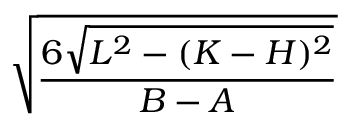
\sqrt { \frac { 6 \sqrt { L ^ { 2 } - ( K - H ) ^ { 2 } } } { B - A } }